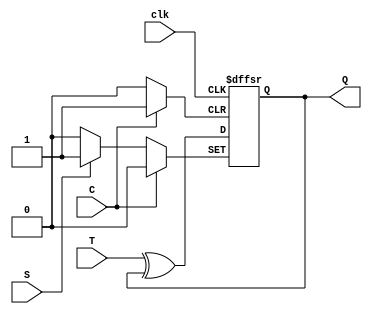
// Design T Flip Flop having asynchronous set and clear//


module t_ff (
  input T,
  input S,
  input C,
  input clk,
  output reg Q
);

  wire Qbar;
  wire D;

  assign D = T ^ Q;
  
  always @(posedge clk or posedge C or posedge S)
  begin
    if (C)
      Q <= 1'b0;
    else if (S)
      Q <= 1'b1;
    else
      Q <= D;
  end

  assign Qbar = ~Q;

endmodule